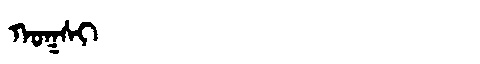
Manchu: ᡴᠣᡴᠰᡳ
Romanization: KOKSI